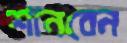
শানবেন